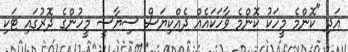
އަދި "ކޮންމެ މީހަކު ކޮންމެ ވާހަކައެއް ދެއްކިޔަސް ސިޔާސީ މީހުންގެ ދޮރުގައި ޓަކި